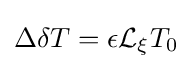
\Delta \delta T=\epsilon {\mathcal {L}}_{\xi }T_{0}